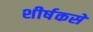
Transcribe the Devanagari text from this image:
शीर्षकसे